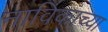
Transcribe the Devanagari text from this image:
नाविकाच्या